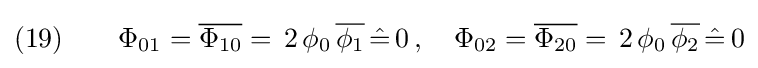
(19)\qquad \Phi _{01}={\overline {\Phi _{10}}}=\,2\,\phi _{0}\,{\overline {\phi _{1}}}\,{\hat {=}}\,0\,,\quad \Phi _{02}={\overline {\Phi _{20}}}=\,2\,\phi _{0}\,{\overline {\phi _{2}}}\,{\hat {=}}\,0